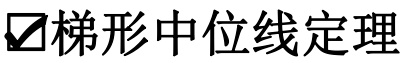
☑梯形中位线定理